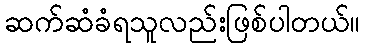
ဆက်ဆံခံရသူလည်းဖြစ်ပါတယ်။